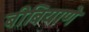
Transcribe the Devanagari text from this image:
बीबियाणे